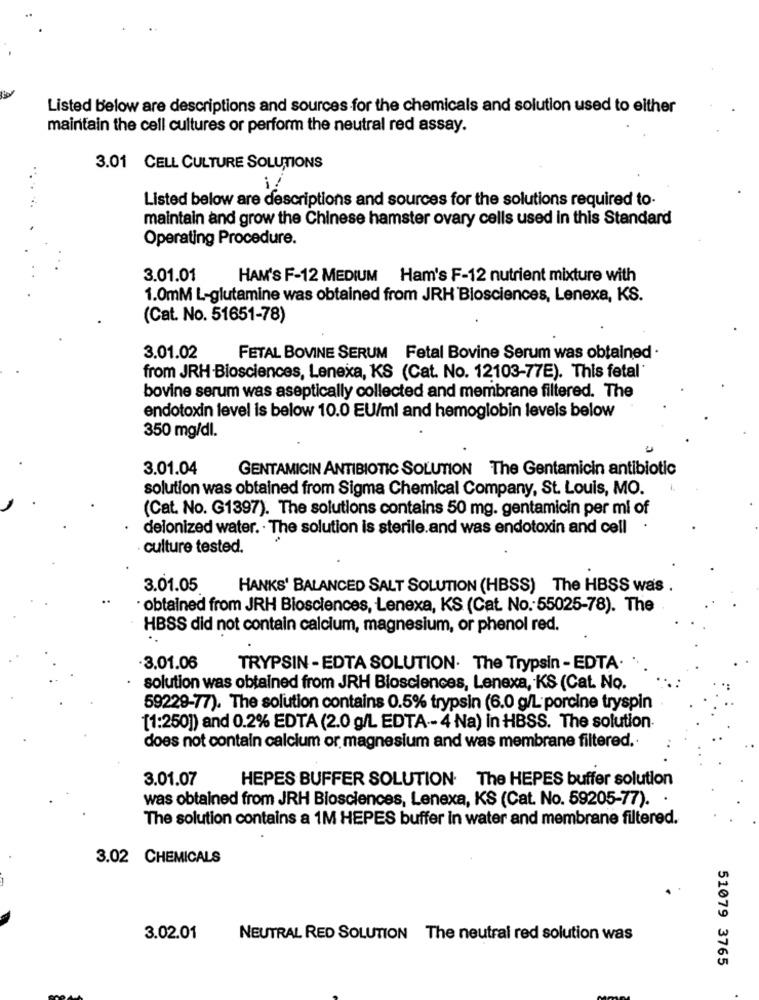
Listed below are descriptions and sources for the chemicals and solution used to either
maintain the cell cultures or perform the neutral red assay.
3.01 CELL CULTURE SOLUTIONS
Listed below are descriptions and sources for the solutions required to-
maintain and grow the Chinese hamster ovary cells used in this Standard
Operating Procedure.
3.01.01
HAM'S F-12 MEDIUM Ham's F-12 nutrient mixture with
1.0mM L-glutamine was obtained from JRH Blosciences, Lenexa, KS.
(Cat. No. 51651-78)
3.01.02
FETAL BOVINE SERUM Fetal Bovine Serum was obtained .
from JRH -Biosciences, Lenexa, KS (Cat. No. 12103-77E). This fetal'
bovine serum was aseptically collected and membrane filtered. The
endotoxin level is below 10.0 EU/ml and hemoglobin leveis below
350 mg/dl.
3.01.04
GENTAMICIN ANTIBIOTIC SOLUTION The Gentamicin antibiotic
solution was obtained from Sigma Chemical Company, St. Louis, MO.
(Cat. No. G1397). The solutions contains 50 mg. gentamicin per mi of
deionized water. · The solution is sterile.and was endotoxin and cell
culture tested.
3.01.05
HANKS' BALANCED SALT SOLUTION (HBSS) The HBSS was .
· obtained from JRH Biosciences, Lenexa, KS (Cat. No. 55025-78). The
HBSS did not contain calcium, magnesium, or phenol red.
3.01.06
TRYPSIN - EDTA SOLUTION. The Trypsin - EDTA
solution was obtained from JRH Biosciences, Lenexa, KS (Cat. No.
59229-77). The solution contains 0.5% trypsin (6.0 g/L porcine tryspin
[1:250]) and 0.2% EDTA (2.0 g/L EDTA -- 4 Na) in HBSS. The solution.
does not contain calcium or magnesium and was membrane filtered.
3.01.07
HEPES BUFFER SOLUTION The HEPES buffer solution
was obtained from JRH Biosciences, Lenexa, KS (Cat. No. 59205-77).
The solution contains a 1M HEPES buffer in water and membrane filtered.
3.02 CHEMICALS
3.02.01
NEUTRAL RED SOLUTION The neutral red solution was
51079 3765